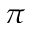
\pi